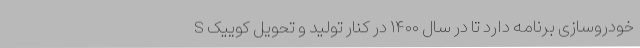
خودروسازی برنامه دارد تا در سال ۱۴۰۰ در کنار تولید و تحویل کوییک S